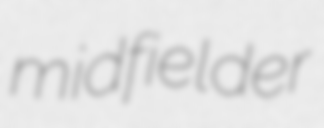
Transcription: midfielder